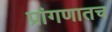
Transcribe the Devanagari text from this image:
प्रांगणातच